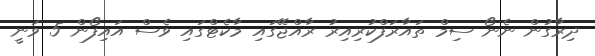
ދިރާގުން ނެނޯ ސިމް ތައާރަފްކުރިއިރު ރާއްޖޭގައި މާކެޓްގައި ވެސް އައިފޯން 5 ވަނީ